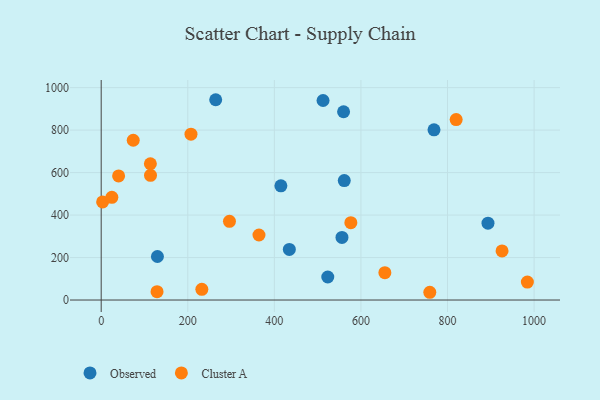
{"axis": {"x": "Price", "y": "Yield"}, "legend": ["Cluster A", "Observed"], "data": [{"x": "434.6", "y": 238.4, "type": "Observed"}, {"x": "561.5", "y": 562.3, "type": "Observed"}, {"x": "523.4", "y": 108.4, "type": "Observed"}, {"x": "129.9", "y": 204.9, "type": "Observed"}, {"x": "264.5", "y": 943.1, "type": "Observed"}, {"x": "415.1", "y": 537.8, "type": "Observed"}, {"x": "512.5", "y": 939.5, "type": "Observed"}, {"x": "556.2", "y": 294.9, "type": "Observed"}, {"x": "893.5", "y": 361.7, "type": "Observed"}, {"x": "559.9", "y": 886.4, "type": "Observed"}, {"x": "768.8", "y": 801.3, "type": "Observed"}, {"x": "576.7", "y": 364.3, "type": "Cluster A"}, {"x": "820.0", "y": 849.7, "type": "Cluster A"}, {"x": "364.5", "y": 306.2, "type": "Cluster A"}, {"x": "232.5", "y": 50.2, "type": "Cluster A"}, {"x": "3.3", "y": 461.8, "type": "Cluster A"}, {"x": "24.6", "y": 483.5, "type": "Cluster A"}, {"x": "926.0", "y": 231.3, "type": "Cluster A"}, {"x": "74.0", "y": 752.4, "type": "Cluster A"}, {"x": "655.3", "y": 128.7, "type": "Cluster A"}, {"x": "113.6", "y": 641.6, "type": "Cluster A"}, {"x": "207.4", "y": 780.8, "type": "Cluster A"}, {"x": "759.1", "y": 36.5, "type": "Cluster A"}, {"x": "296.3", "y": 370.7, "type": "Cluster A"}, {"x": "984.5", "y": 84.5, "type": "Cluster A"}, {"x": "40.2", "y": 584.2, "type": "Cluster A"}, {"x": "129.0", "y": 39.3, "type": "Cluster A"}, {"x": "113.9", "y": 587.0, "type": "Cluster A"}]}